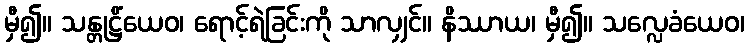
မှီ၍။ သန္တုဋ္ဌိံယေဝ၊ ရောင့်ရဲခြင်းကို သာလျှင်။ နိဿာယ၊ မှီ၍။ သလ္လေခံယေဝ၊